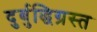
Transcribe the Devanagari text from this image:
दुर्बुद्धिग्रस्त